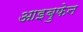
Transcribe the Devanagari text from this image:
आइबुफेन